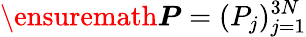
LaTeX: \ensuremath{\boldsymbol{P}}=(P_{j})_{j=1}^{3N}